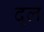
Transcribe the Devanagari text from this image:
द्ल